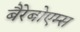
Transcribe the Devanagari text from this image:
बैरेबोएम्स